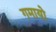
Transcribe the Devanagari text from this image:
गमायो